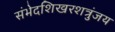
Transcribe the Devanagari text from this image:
संभेदशिखरशत्रुंजय